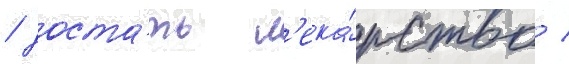
/ доста́ть л'ека́рство /